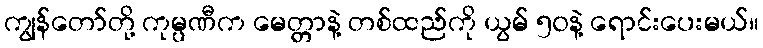
ကျွန်တော်တို့ ကုမ္ပဏီက မေတ္တာနဲ့ တစ်ထည်ကို ယွမ် ၅၀နဲ့ ရောင်းပေးမယ်။